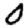
Digit: 0